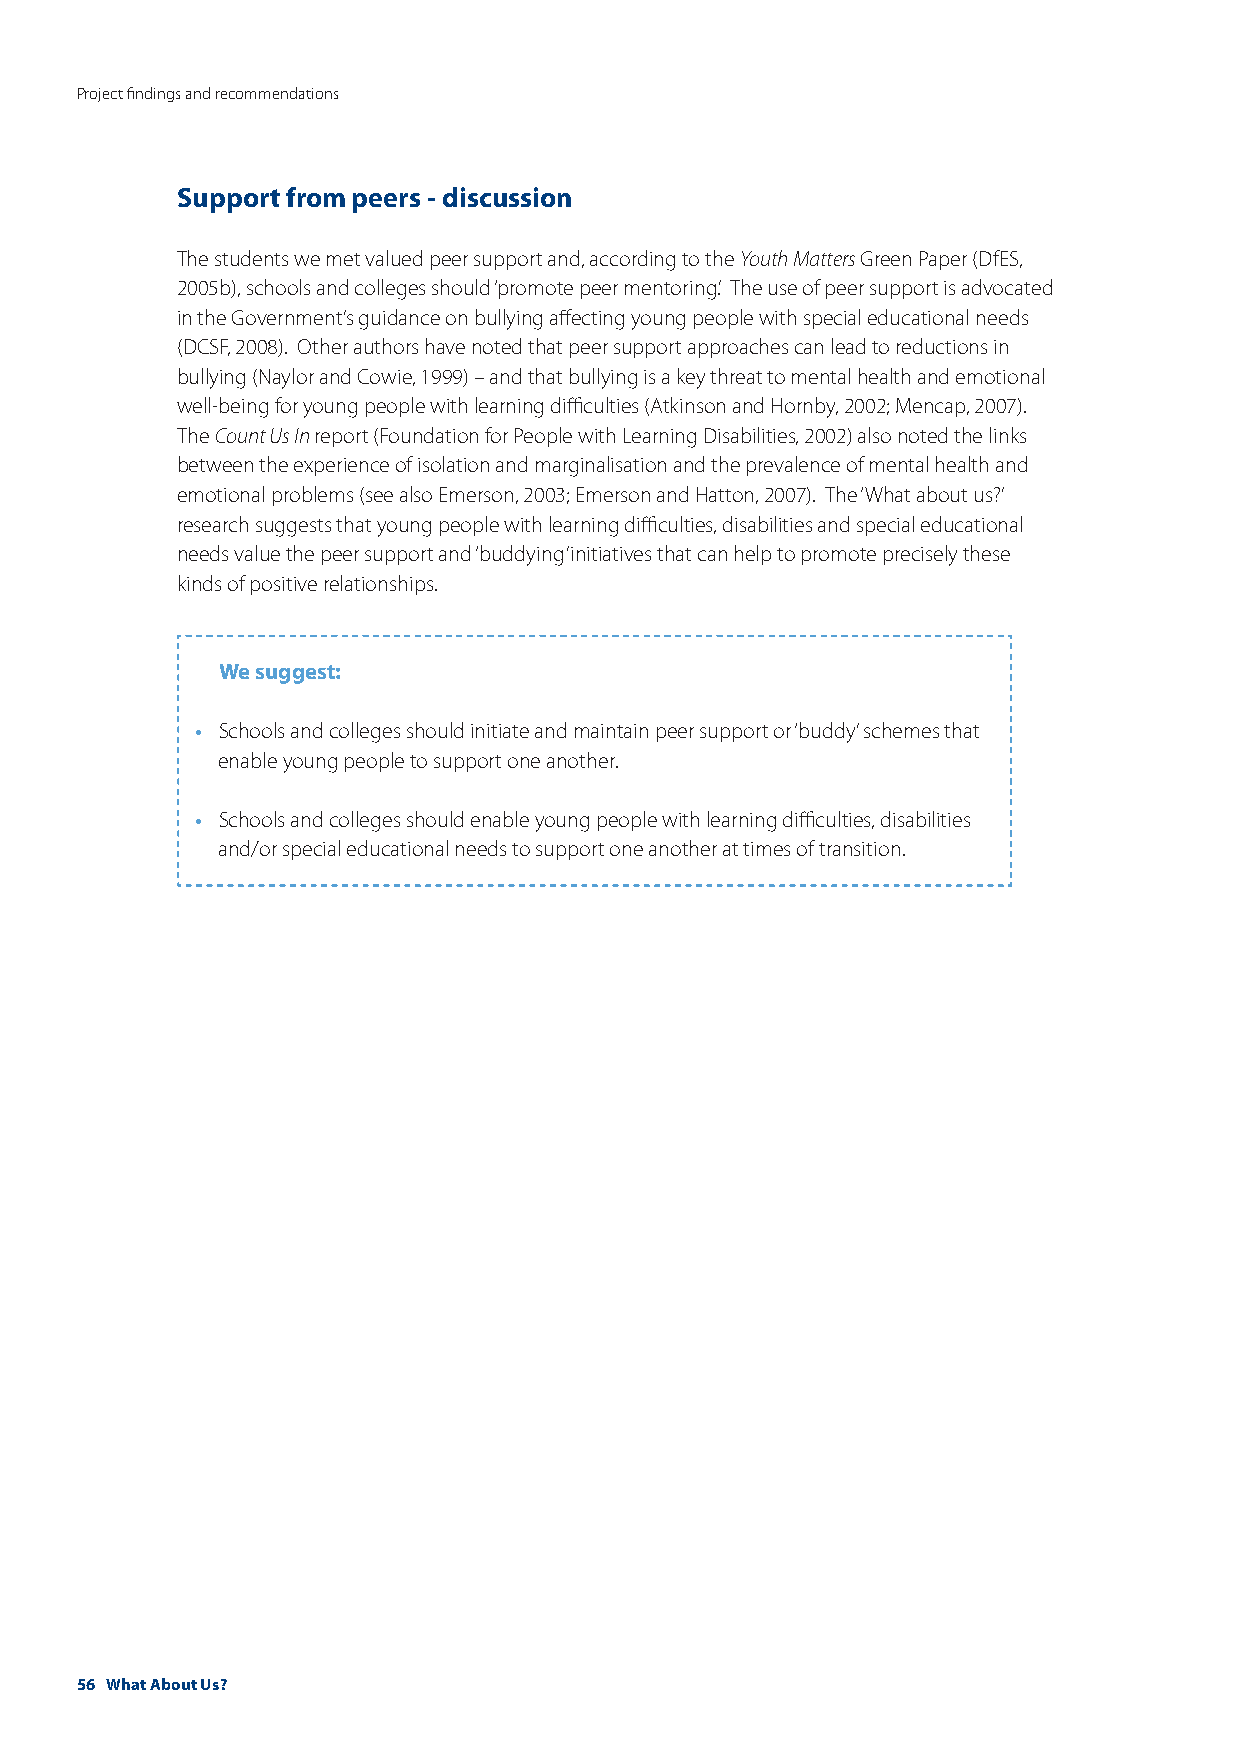
Project findings and recommendations
 Support from peers - discussion
 The students we met valued peer support and, according to the Youth Matters Green Paper (DfES,
 2005b), schools and colleges should ‘promote peer mentoring’. The use of peer support is advocated
 in the Government’s guidance on bullying affecting young people with special educational needs
 (DCSF, 2008). Other authors have noted that peer support approaches can lead to reductions in
 bullying (Naylor and Cowie, 1999) – and that bullying is a key threat to mental health and emotional
 well-being for young people with learning difficulties (Atkinson and Hornby, 2002; Mencap, 2007).
 The Count Us In report (Foundation for People with Learning Disabilities, 2002) also noted the links
 between the experience of isolation and marginalisation and the prevalence of mental health and
 emotional problems (see also Emerson, 2003; Emerson and Hatton, 2007). The ‘What about us?’
 research suggests that young people with learning difficulties, disabilities and special educational
 needs value the peer support and ‘buddying’ initiatives that can help to promote precisely these
 kinds of positive relationships.
 We suggest:
 •
 Schools and colleges should initiate and maintain peer support or ‘buddy’ schemes that
 enable young people to support one another.
 •
 Schools and colleges should enable young people with learning difficulties, disabilities
 and/or special educational needs to support one another at times of transition.
 56 What About Us?